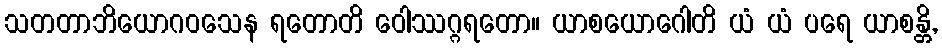
သတတာဘိယောဂဝသေန ရတောတိ ဝေါဿဂ္ဂရတော။ ယာစယောဂေါတိ ယံ ယံ ပရေ ယာစန္တိ,